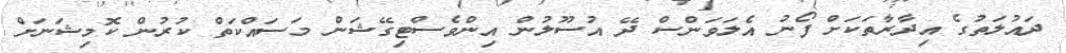
ދައުލަތުގެ އިދާރާތަކަށް ފޯނު އެލަވަންސް ދޭ އުސޫލުން އިންވެސްޓިގޭޝަން މަސައްކަތް ކުރުން ކޮމިޝަނަށް